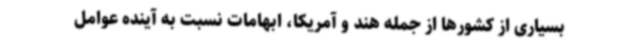
بسیاری از کشورها از جمله هند و آمریکا، ابهامات نسبت به آینده عوامل